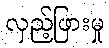
လှည့်ဖြားမှု